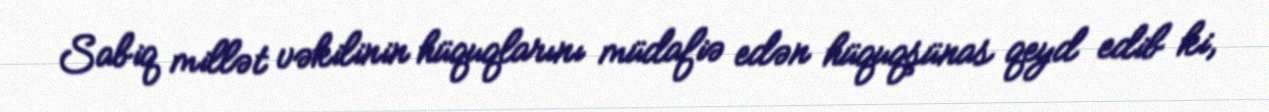
Sabiq millət vəkilinin hüquqlarını müdafiə edən hüquqşünas qeyd edib ki,